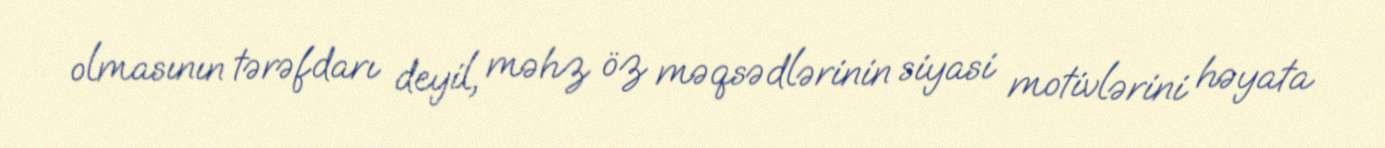
olmasının tərəfdarı deyil, məhz öz məqsədlərinin siyasi motivlərini həyata